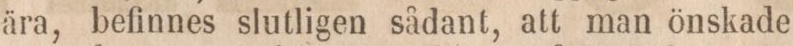
ära, befinnes slutligen sådant, att man önskade